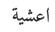
اعشية